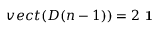
v e c t ( D ( n - 1 ) ) = 2 \textbf { 1 }